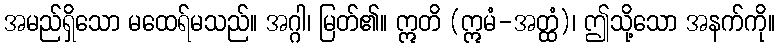
အမည်ရှိသော မထေရ်မသည်။ အဂ္ဂါ၊ မြတ်၏။ ဣတိ (ဣမံ-အတ္ထံ)၊ ဤသို့သော အနက်ကို။